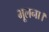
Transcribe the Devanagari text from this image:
भूलना।